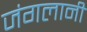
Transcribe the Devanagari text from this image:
जंगलानी